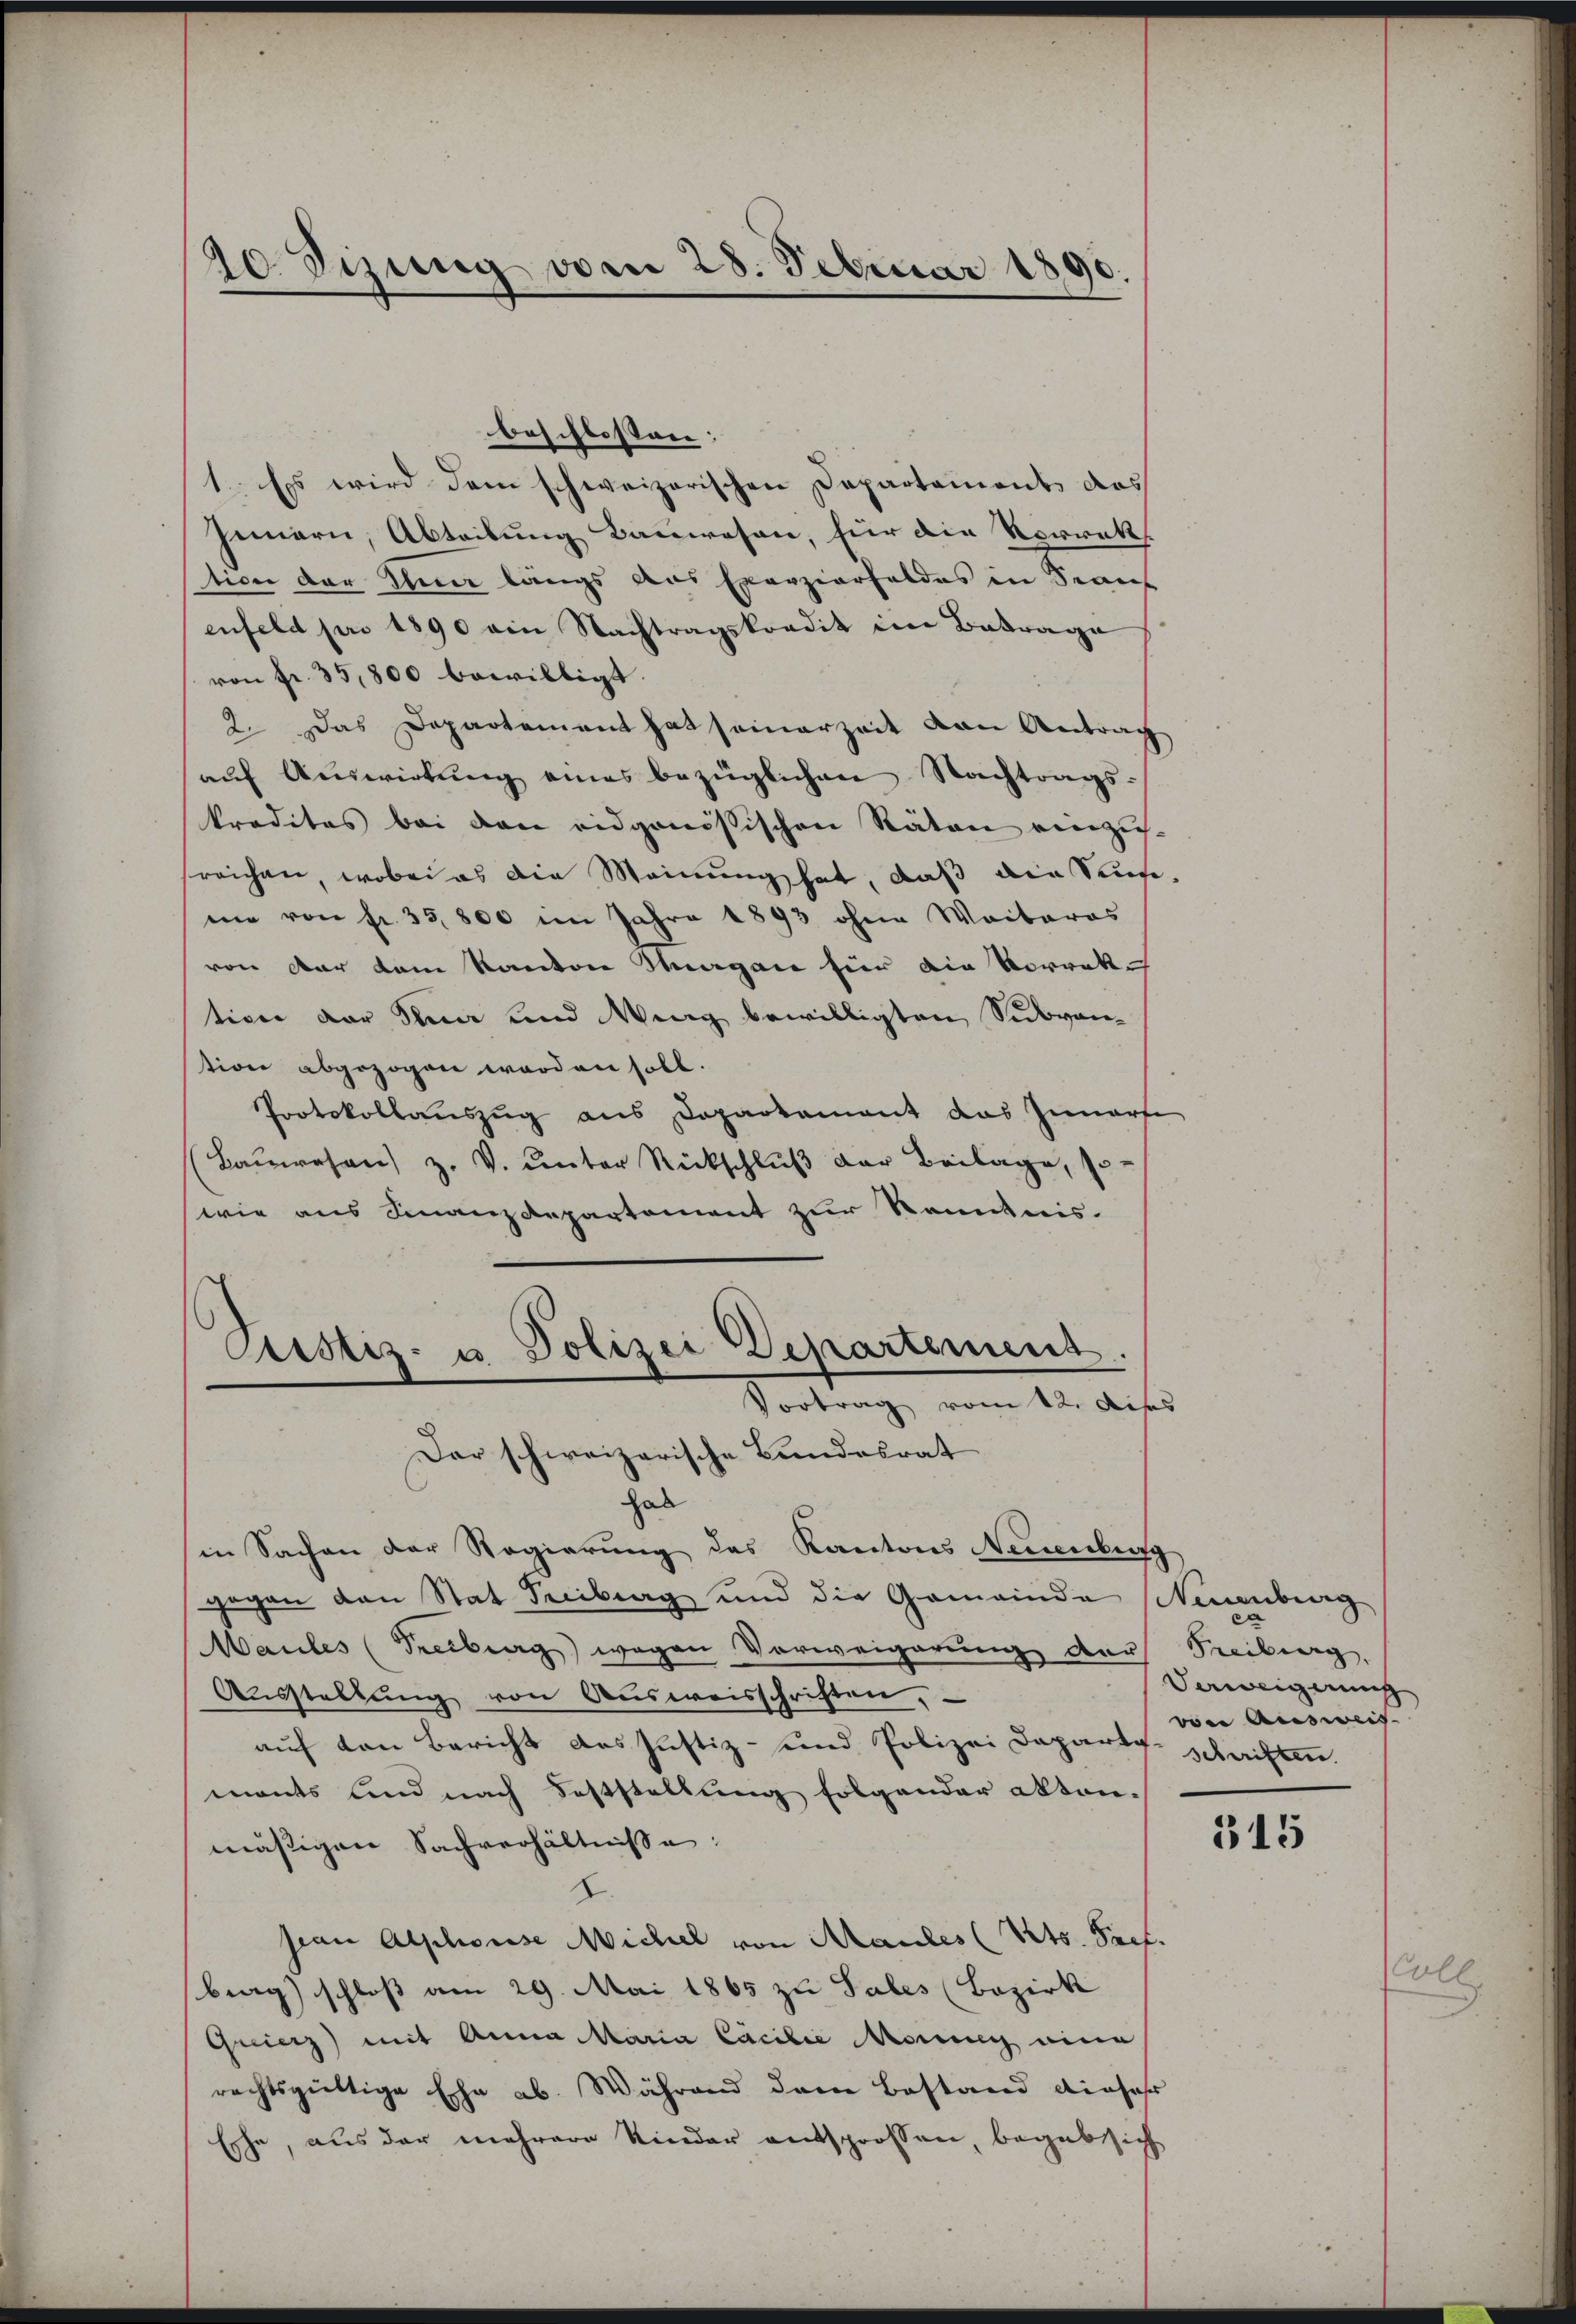
20. Sizung vom 28. Februar 1890.

beschlossen:
1. Es wird dem schweizerischen Departaments das
Innern, Abteilung Bauwesen, für die Vorrekt
tion der Ihm längs aus Exerzierfeldes in draus
enfeld pro 1890 ein Nachtragskondit im Betrage
von fr. 35,800 bewilligt.
2. Das Departement hat seinerzeit von Antrag
aŭf Auswirkung eines bezüglichen Nachtrags-
kredites bei den eidgenössischen Räten einzusreichen, wobei es die Meinung hat, daß die Sinme von fr. 35,800 im Jahre 1893 ohne Waiberos
von der dem Kanton Thurgau für die Vorrek
tion der Kna und Wing bewilligten Subvention abgezogen worden soll.
Protokollauszug aus Departement das Zunarfe
(Bauwesen z. V. unter Rückschluß der Beilage, so-
wie aus Finanzdepartement zur Kenntnis-
Pustiz- u Polizei Departemens
Vortrag vom 12. diss
Dar schweizerische Bundesrat
hab
(in Sachen der Regierung des Kantons Neuenburg
gegen den Stat Treiberg und die Gemeinde (Neuenburg
Maules (Freiburg wegen Vorweigerung der Treiburg,
Ausstellung von Ausweisschriften,
auf von Bericht das Justiz- und Polizei Departe schriften.
mants und nach Feststellung folgender aktenmäßigen Sachverhältnisse:
2.
sian Alphonise Michel von Maules (Kts. Tret.
brag) schloß am 29. Mai 1865 zu Sales (Bezirk
Qreierz) mit Anna Maria Cacilie Meiung eine
rechtsgültige Ehe ab. Während dem Bestand dieser
Eshe, aus der mehrere Kinder entsprossen, begab sich

Vaweigerung
voie Ausweis- |

315

Coll.